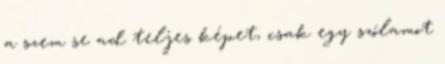
a szem se ad teljes képet, csak egy szólamot